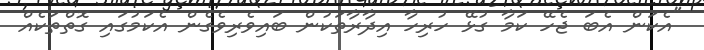
"އެކަން އެބަ ޖެހޭ ކަމާ ގުޅޭ ހުރިހާ އިދާރާތަކުން ބައިވެރިވެގެން އެކަމުގައި ގޮތްތަކެއް